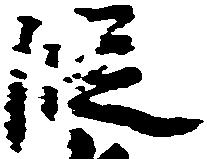
段